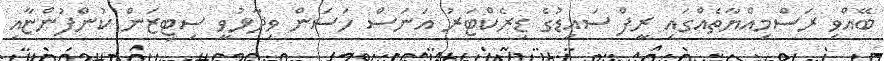
ބޭއްވި ރަސްމިއްޔާތެއްގައި ރީފް ސައިޑުގެ ޑިރެކްޓަރު އަނަސް ހަސަން ވިދާޅުވީ ސިޓިޒަން ކުންފުންޏާއި